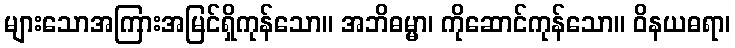
များသောအကြားအမြင်ရှိကုန်သော။ အဘိဓမ္မာ၊ ကိုဆောင်ကုန်သော။ ဝိနယဓရာ၊